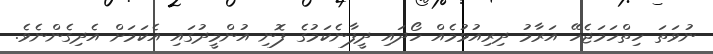
ނުވަތަ ހިތްހަމަޖެހޭ އަރާމު ދިރިއުޅުމެއް ހޯދައި ދީފާނެކަމުގެ ފޮނި އުންމީދުގައި އެކަމަށް އެދިގެންނެވެ.